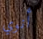
أنوي